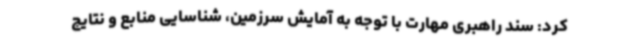
کرد: سند راهبری مهارت با توجه به آمایش سرزمین، شناسایی منابع و نتایج